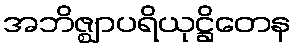
အဘိဇ္ဈာပရိယုဋ္ဌိတေန